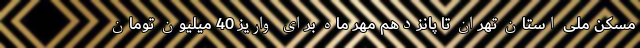
مسکن ملی استان تهران تا پانزدهم مهر ماه برای واریز 40 میلیون تومان